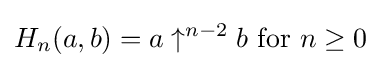
H_{n}(a,b)=a\uparrow ^{n-2}b{\text{ for }}n\geq 0